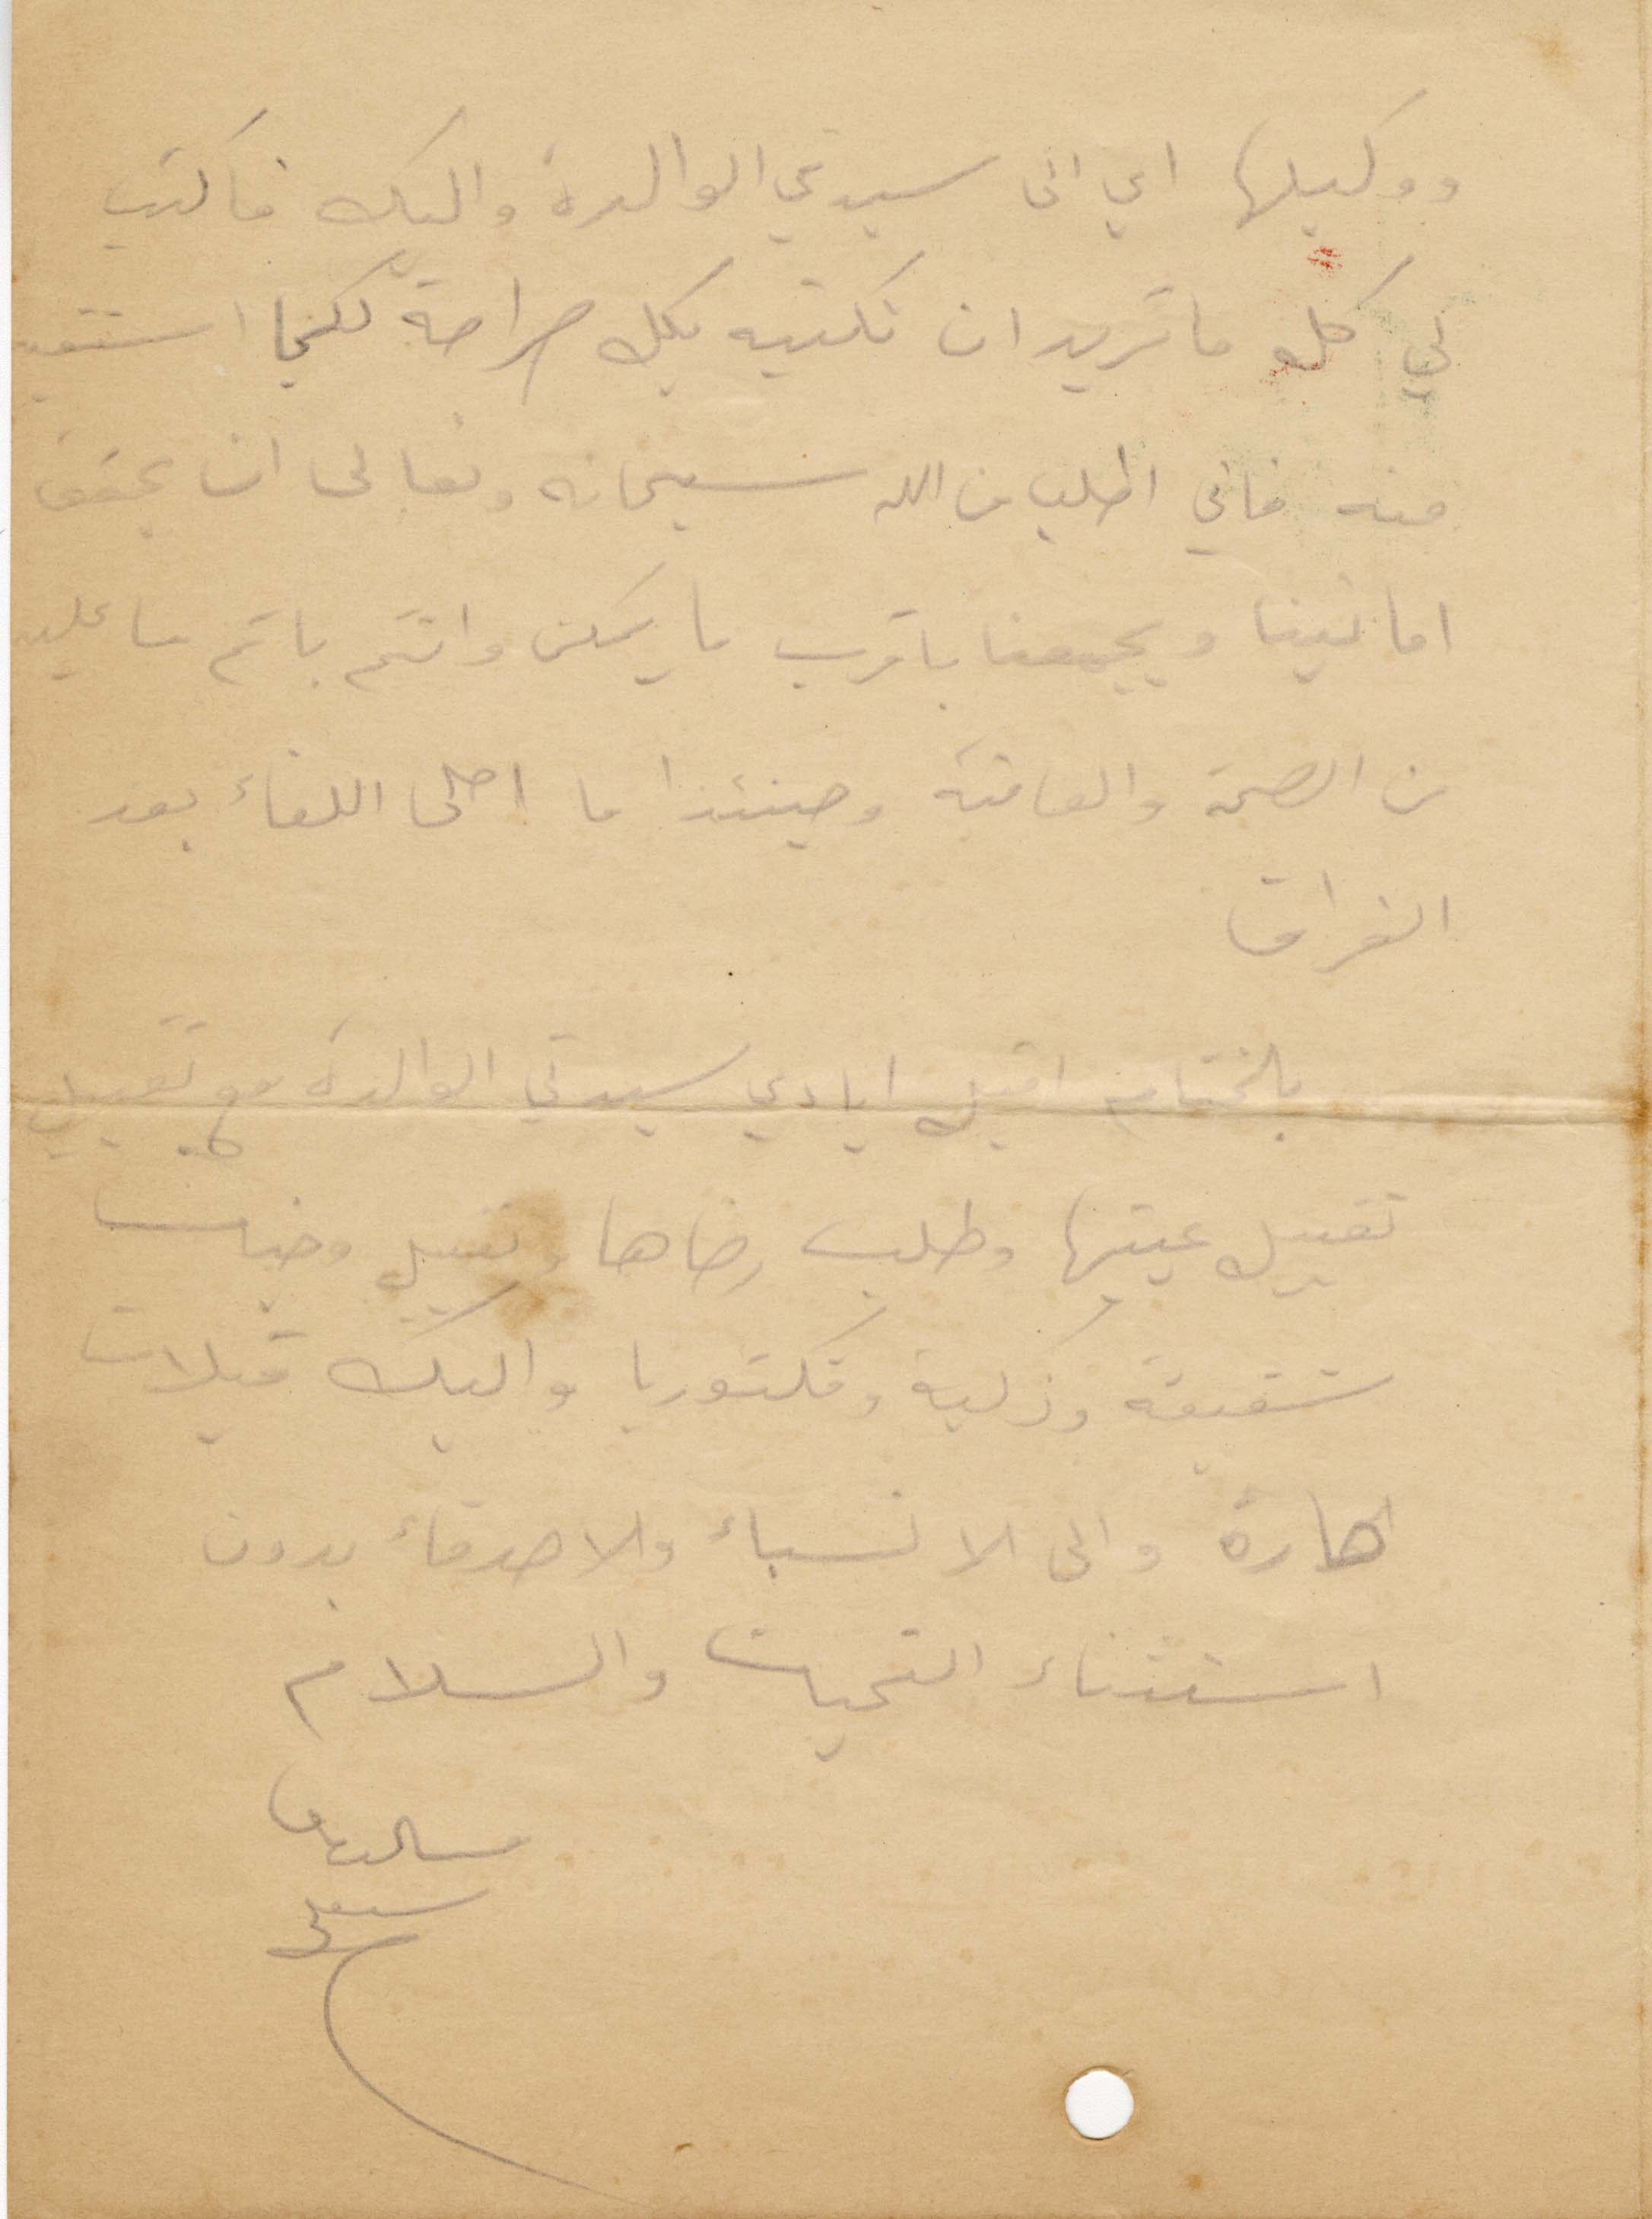
ووطيلها أي الى سيدتي الوالدة واليك فاكتب
لي كل ما تريد ان تكتبه بكل صراحة لكيما استفيد
منه فاني اطلب من الله سبحانه وتعالى ان يحقق
امانينا ويجمعنا باقرب ما يمكن وانتم باتم ما عليه
من الصحة والعافية وحينئذا ما احلى اللقاء بعد
الفراق
بالختام اقبل ايادي سيدتي الوالدة مع تقبيل
تقبيل عينيها وطل رضاها وتقبيل وجنات
شفيقة وزكية وفكتوريا واليك قبلات
حارة والى الانسباء والأصدقاء بدون
استثناء التيحة والسلام
ميشال
سبعلي